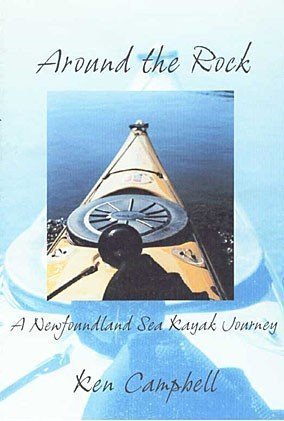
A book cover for Around the Rock - A Newfoundland Sea Kayak Journey; Ken Campbell; Sports & Outdoors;